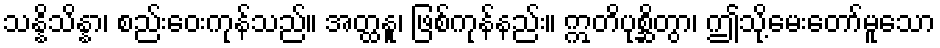
သန္နိသိန္နာ၊ စည်းဝေးကုန်သည်။ အတ္ထနူ၊ ဖြစ်ကုန်နည်း။ ဣတိပုစ္ဆိတွာ၊ ဤသို့မေးတော်မူသော